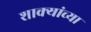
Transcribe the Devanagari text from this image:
शाक्यांच्या